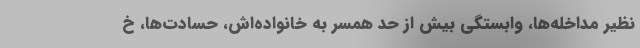
نظیر مداخله‌ها، وابستگی بیش از حد همسر به خانواده‌اش، حسادت‌ها، خ